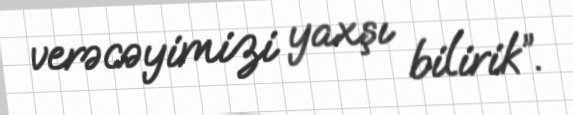
verəcəyimizi yaxşı bilirik”.